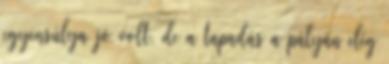
egyensúlya jó volt, de a tapadás a pályán elég